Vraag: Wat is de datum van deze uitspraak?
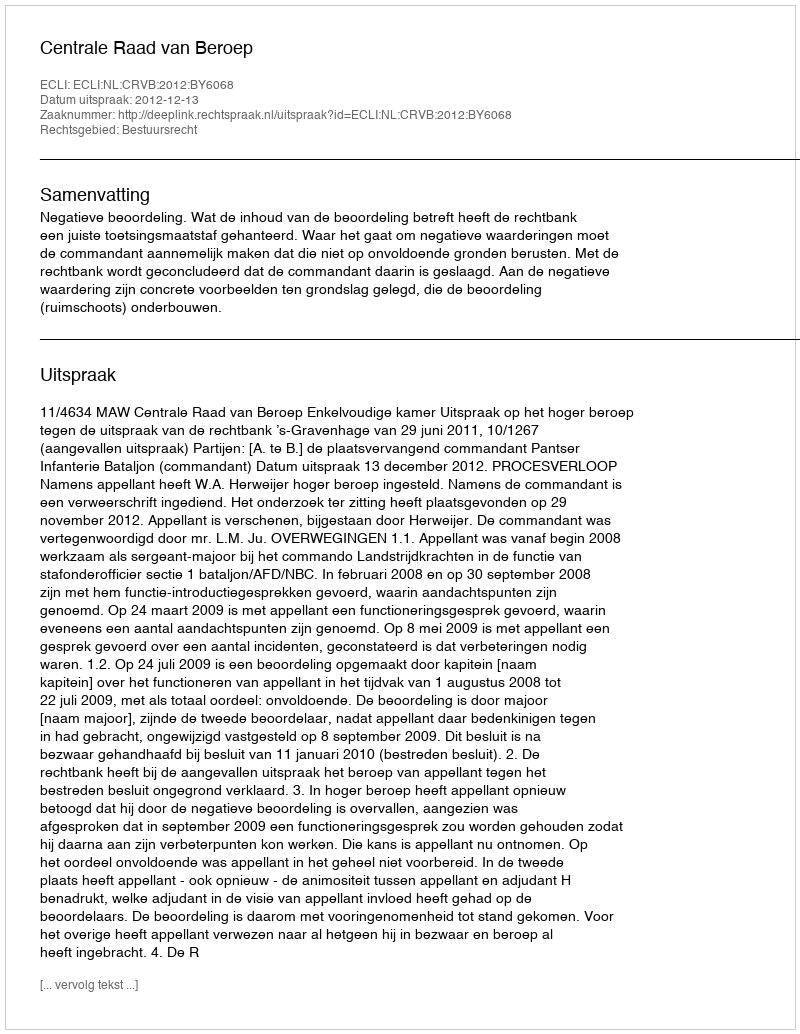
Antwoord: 2012-12-13